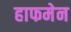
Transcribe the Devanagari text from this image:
हाफमेन